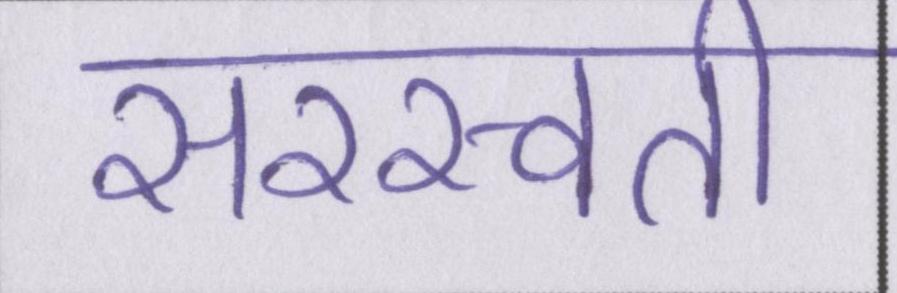
सरस्वती